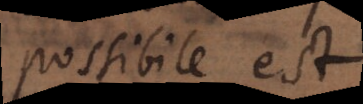
possibile est.